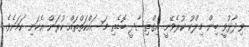
ވިދާޅުވީ ބިން މިލްކު ކުރެވޭނީ އިގްތިސާދީ ބޮޑެތިި މަސައްކަތްތައް ކުރަން އެކަނި ކަމަށެވެ.